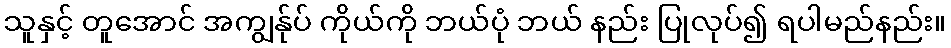
သူနှင့် တူအောင် အကျွန်ုပ် ကိုယ်ကို ဘယ်ပုံ ဘယ် နည်း ပြုလုပ်၍ ရပါမည်နည်း။